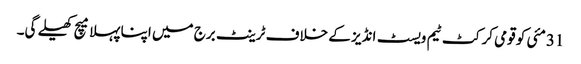
31مئی کو قومی کرکٹ ٹیم ویسٹ انڈیز کے خلاف ٹرینٹ برج میں اپنا پہلا میچ کھیلے گی۔